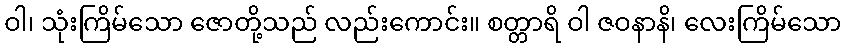
ဝါ၊ သုံးကြိမ်သော ဇောတို့သည် လည်းကောင်း။ စတ္တာရိ ဝါ ဇဝနာနိ၊ လေးကြိမ်သော